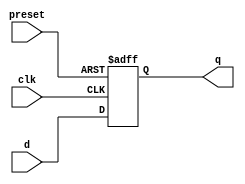
module dff_preset (
    input clk,
    input preset,
    input d,
    output reg q
);

always @(posedge clk or posedge preset)
begin
    if (preset)
        q <= 1'b1;
    else
        q <= d;
end

endmodule